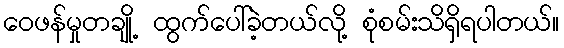
ဝေဖန်မှုတချို့ ထွက်ပေါ်ခဲ့တယ်လို့ စုံစမ်းသိရှိရပါတယ်။